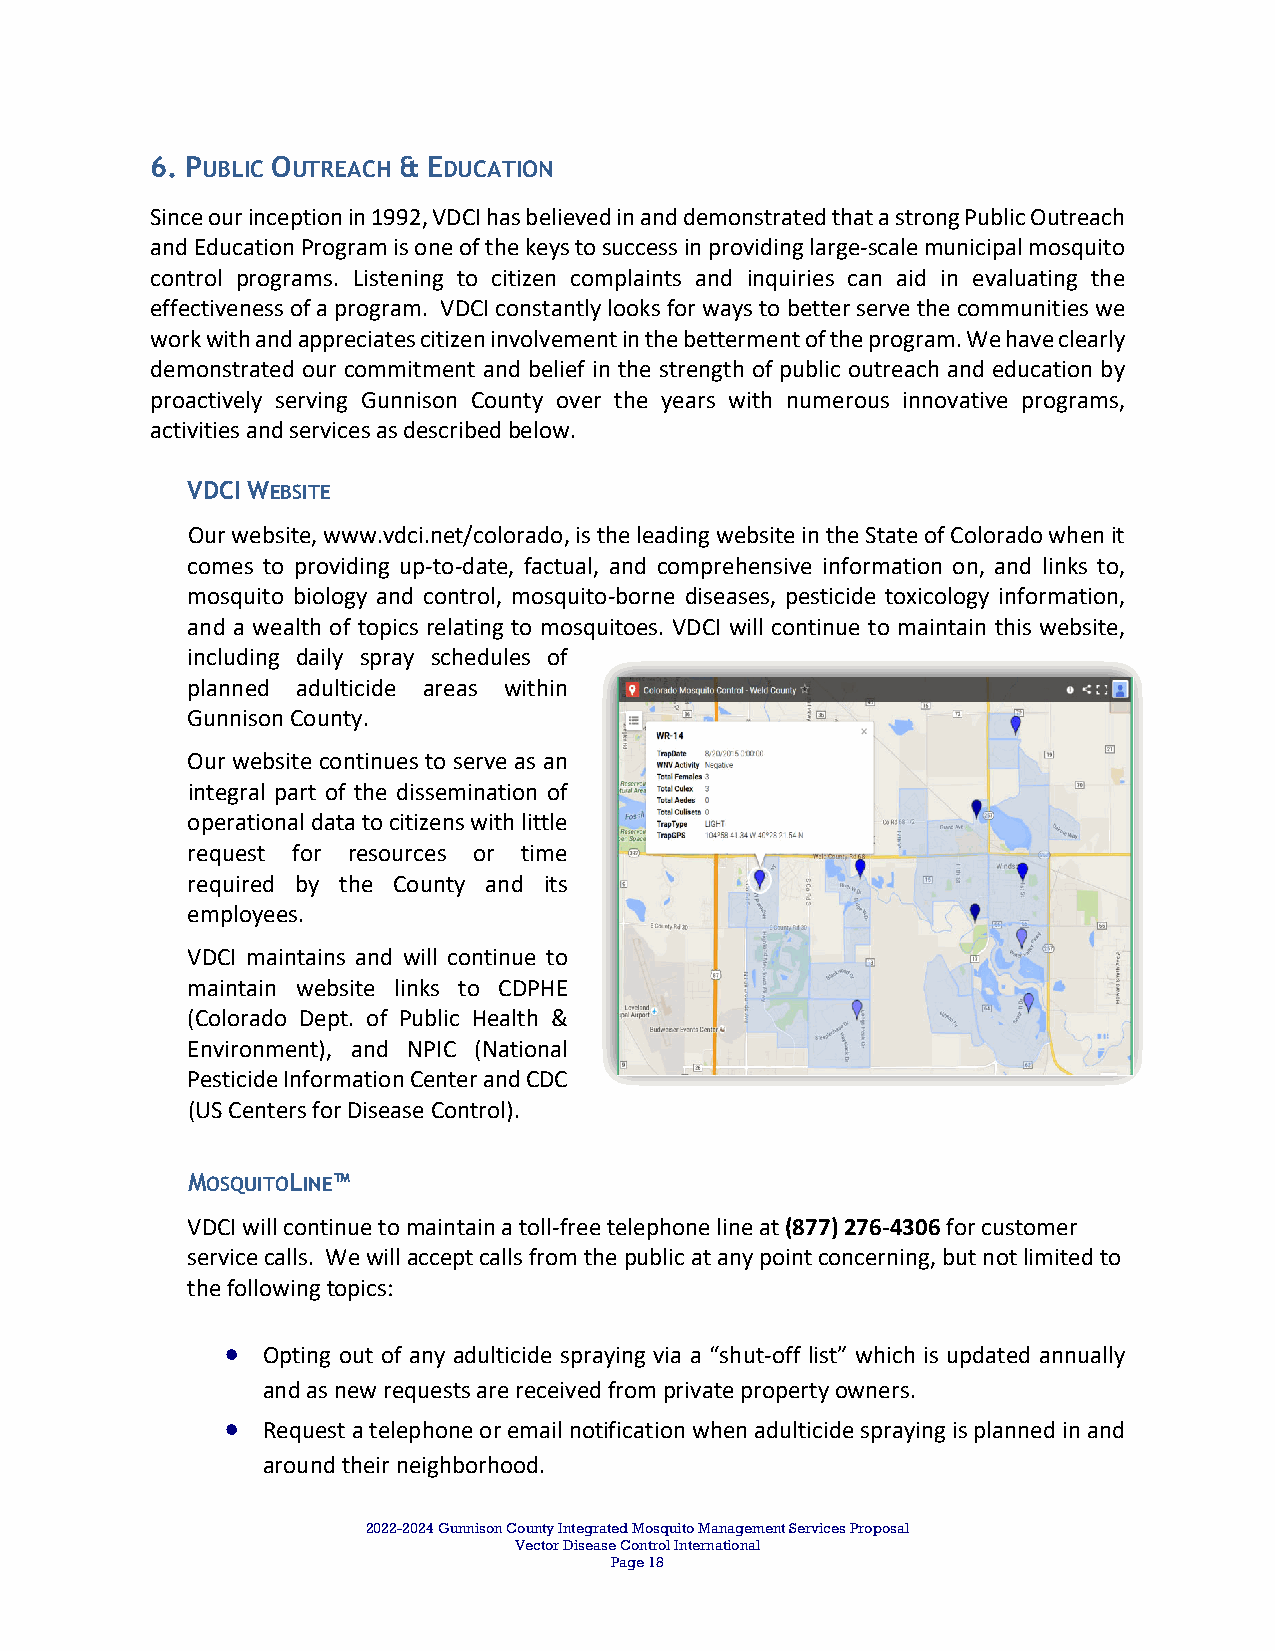
6. PUBLIC OUTREACH & EDUCATION
 Since our inception in 1992, VDCI has believed in and demonstrated that a strong Public Outreach
 and Education Program is one of the keys to success in providing large‐scale municipal mosquito
 control programs. Listening to citizen complaints and inquiries can aid in evaluating the
 effectiveness of a program. VDCI constantly looks for ways to better serve the communities we
 work with and appreciates citizen involvement in the betterment of the program. We have clearly
 demonstrated our commitment and belief in the strength of public outreach and education by
 proactively serving Gunnison County over the years with numerous innovative programs,
 activities and services as described below.
 VDCI WEBSITE
 Our website, www.vdci.net/colorado, is the leading website in the State of Colorado when it
 comes to providing up‐to‐date, factual, and comprehensive information on, and links to,
 mosquito biology and control, mosquito‐borne diseases, pesticide toxicology information,
 and a wealth of topics relating to mosquitoes. VDCI will continue to maintain this website,
 including daily spray schedules of
 planned adulticide areas within
 Gunnison County.
 Our website continues to serve as an
 integral part of the dissemination of
 operational data to citizens with little
 request for resources or time
 required by the County and its
 employees.
 VDCI maintains and will continue to
 maintain website links to CDPHE
 (Colorado Dept. of Public Health &
 Environment), and NPIC (National
 Pesticide Information Center and CDC
 (US Centers for Disease Control).
 MOSQUITOLINE™
 VDCI will continue to maintain a toll‐free telephone line at (877) 276‐4306 for customer
 service calls. We will accept calls from the public at any point concerning, but not limited to
 the following topics:
  Opting out of any adulticide spraying via a “shut‐off list” which is updated annually
 and as new requests are received from private property owners.
  Request a telephone or email notification when adulticide spraying is planned in and
 around their neighborhood.
 2022-2024 Gunnison County Integrated Mosquito Management Services Proposal
 Vector Disease Control International
 Page 18